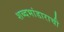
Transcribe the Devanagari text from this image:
शब्दभांडाराची